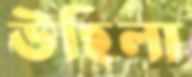
উছিলা